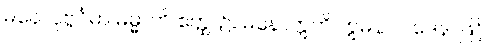
မနောပုဗ္ဗင်္ဂမာ ဓမ္မာတိ ဧတ္ထ၊ ၌။ မနောဣတိ ဣမိနာ ပဒေန၊ ဖြင့်။